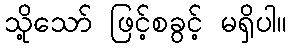
သို့သော် ဖြင့်စခွင့် မရှိပါ။